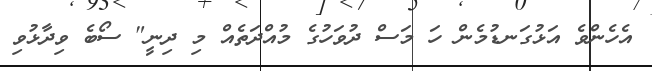
އެހެންވެ އަޅުގަނޑުމެން ހަ މަސް ދުވަހުގެ މުއްދަތެއް މި ދިނީ" ސޯބެ ވިދާޅުވި